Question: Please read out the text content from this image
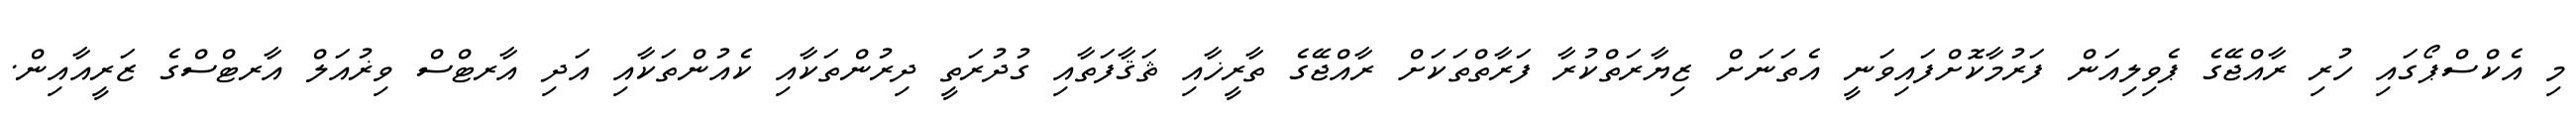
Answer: މި އެކްސްޕޯގައި ހުރި ރާއްޖޭގެ ޕެވިލިއަން ފަރުމާކޮށްފައިވަނީ އެތަނަށް ޒިޔާރަތްކުރާ ފަރާތްތަކަށް ރާއްޖޭގެ ތާރީޚާއި ޘަޤާފަތާއި ގުދުރަތީ ދިރުންތަކާއި ކެއުންތަކާއި އަދި އާރޓްސް ވިޜުއަލް އާރޓްސްގެ ޒަރީއާއިން.